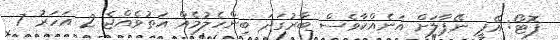
ފޮޓޯ: އޭޕީ ނޭޕާލަށް އަނެއްކާވެސް ބާރުގަދަ ބިންހެލުމެއް އަތުވެއްޖެ 2 އަހަރު 7